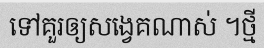
ទៅគួរឲ្យសង្វេគណាស់ ។ថ្មី